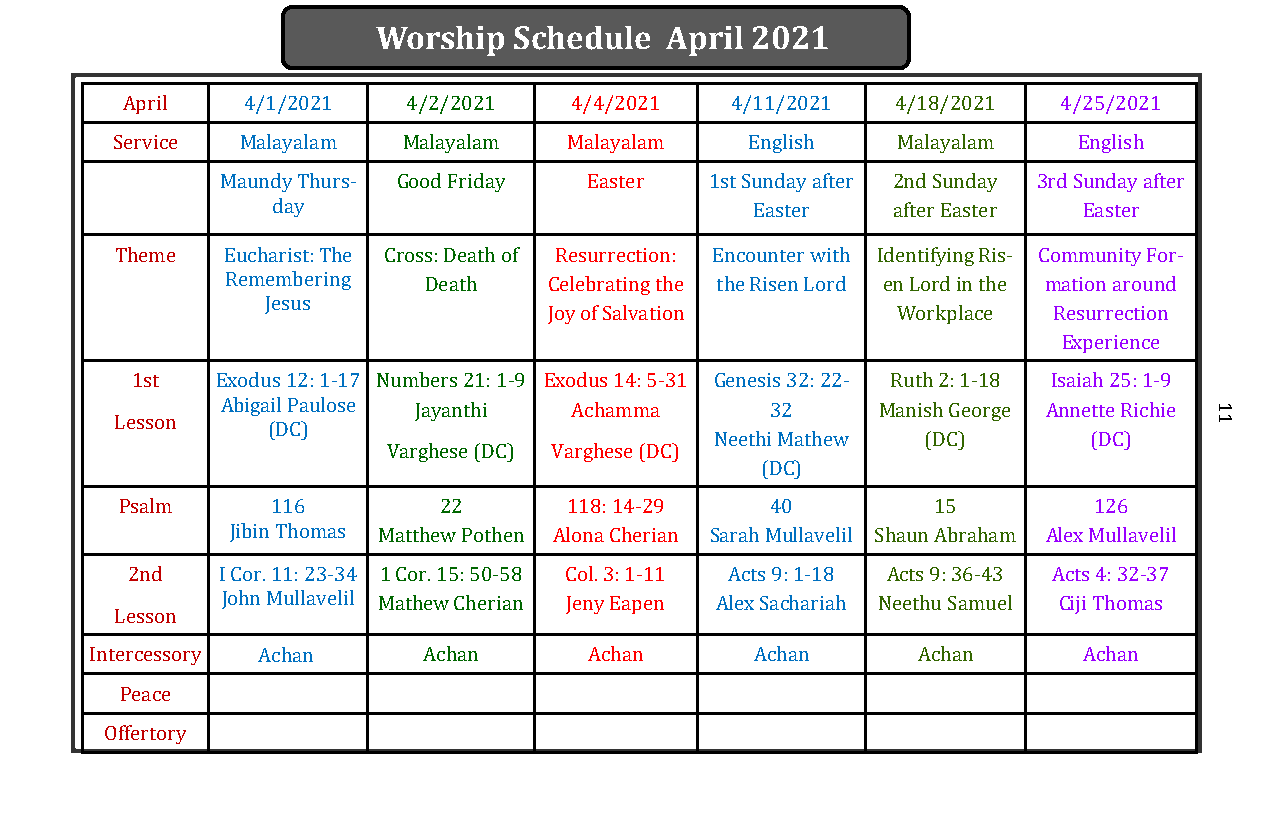
Worship  Schedule  April 2021
 April   4/1/2021   4/2/2021   4/4/2021  4/11/2021  4/18/2021  4/25/2021
 Service  Malayalam  Malayalam  Malayalam   English  Malayalam   English
 Maundy Thurs- Good Friday Easter 1st Sunday after 2nd Sunday 3rd Sunday after
 day                             Easter   after Easter Easter
 Theme  Eucharist: The Cross: Death of Resurrection: Encounter with Identifying Ris- Community For-
 Remembering  Death   Celebrating the the Risen Lord en Lord in the mation around
 Jesus
 Joy of Salvation       Workplace  Resurrection
 Experience
 1st  Exodus 12: 1-17 Numbers 21: 1-9 Exodus 14: 5-31 Genesis 32: 22- Ruth 2: 1-18 Isaiah 25: 1-9
 Abigail Paulose Jayanthi Achamma    32     Manish George Annette Richie
 Lesson
 (DC)
 Neethi Mathew (DC)       (DC)
 Varghese (DC) Varghese (DC)
 (DC)
 Psalm     116        22       118: 14-29   40         15        126
 Jibin Thomas Matthew Pothen Alona Cherian Sarah Mullavelil Shaun Abraham Alex Mullavelil
 2nd    I Cor. 11: 23-34 1 Cor. 15: 50-58 Col. 3: 1-11 Acts 9: 1-18 Acts 9: 36-43 Acts 4: 32-37
 John Mullavelil Mathew Cherian Jeny Eapen Alex Sachariah Neethu Samuel Ciji Thomas
 Lesson
 Intercessory Achan    Achan      Achan      Achan      Achan      Achan
 Peace
 Offertory
 11